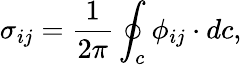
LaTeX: \sigma_{ij}=\frac{1}{2\pi}\oint_{c}\phi_{ij}\cdot dc,